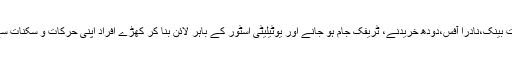
اس بات کا عملی ثبوت بینک،نادرا آفس،دودھ خریدنے، ٹریفک جام ہو جانے اور یوٹیلیٹی اسٹور کے باہر لائن بنا کر کھڑے افراد اپنی حرکات و سکنات سے پیش کر دیتے ہیں۔